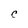
Character: C